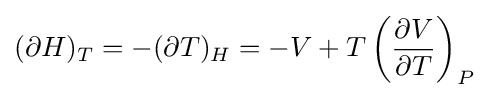
(\partial H)_{T}=-(\partial T)_{H}=-V+T\left({\frac {\partial V}{\partial T}}\right)_{P}